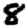
Digit: 8